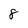
Character: 8